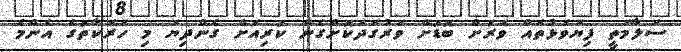
ސަލާމަތީ ފިޔަވަޅުތައް ވަރަށް ބޮޑަށް ވަރުގަދަކޮށްގެން ކުރިއަށް ގެންދިޔަ މި ހަރަކާތުގެ އެންމެ